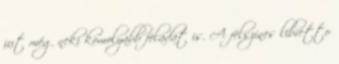
jut még neki komolyabb feladat is. A felszínes libretto